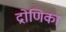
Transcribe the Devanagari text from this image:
द्रोणिका